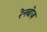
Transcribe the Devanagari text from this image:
रेनबोज़